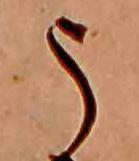
う